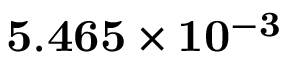
\mathbf { 5 . 4 6 5 \times 1 0 ^ { - 3 } }